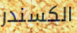
الكسندر